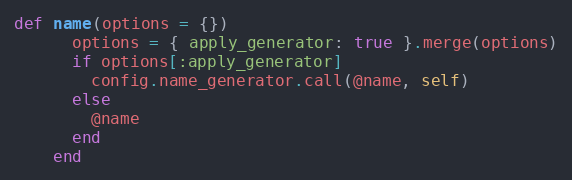
Language: Ruby
def name(options = {})
      options = { apply_generator: true }.merge(options)
      if options[:apply_generator]
        config.name_generator.call(@name, self)
      else
        @name
      end
    end